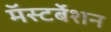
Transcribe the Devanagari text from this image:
मॅस्टर्बेशन